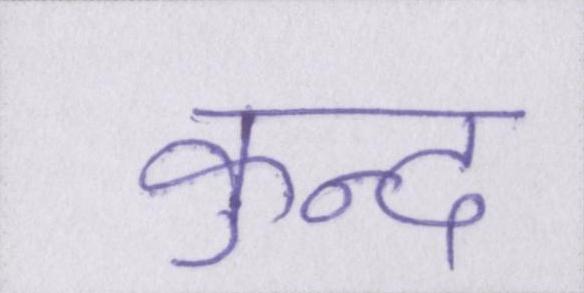
कुन्द